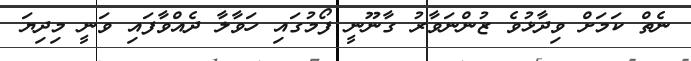
ނެތް ކަމަށް ވިދާޅުވެ ޒުންނަވާރު ގާނޫނީ ފޯމުގައި ހަވާލާ ދެއްވާފައި ވަނީ މިދިޔަ